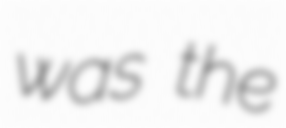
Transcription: was the